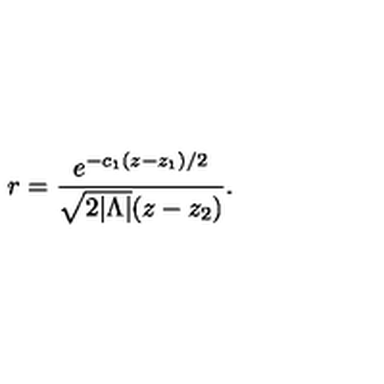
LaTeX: r = { \frac { e ^ { - c _ { 1 } ( z - z _ { 1 } ) / 2 } } { \sqrt { 2 | \Lambda | } ( z - z _ { 2 } ) } } .